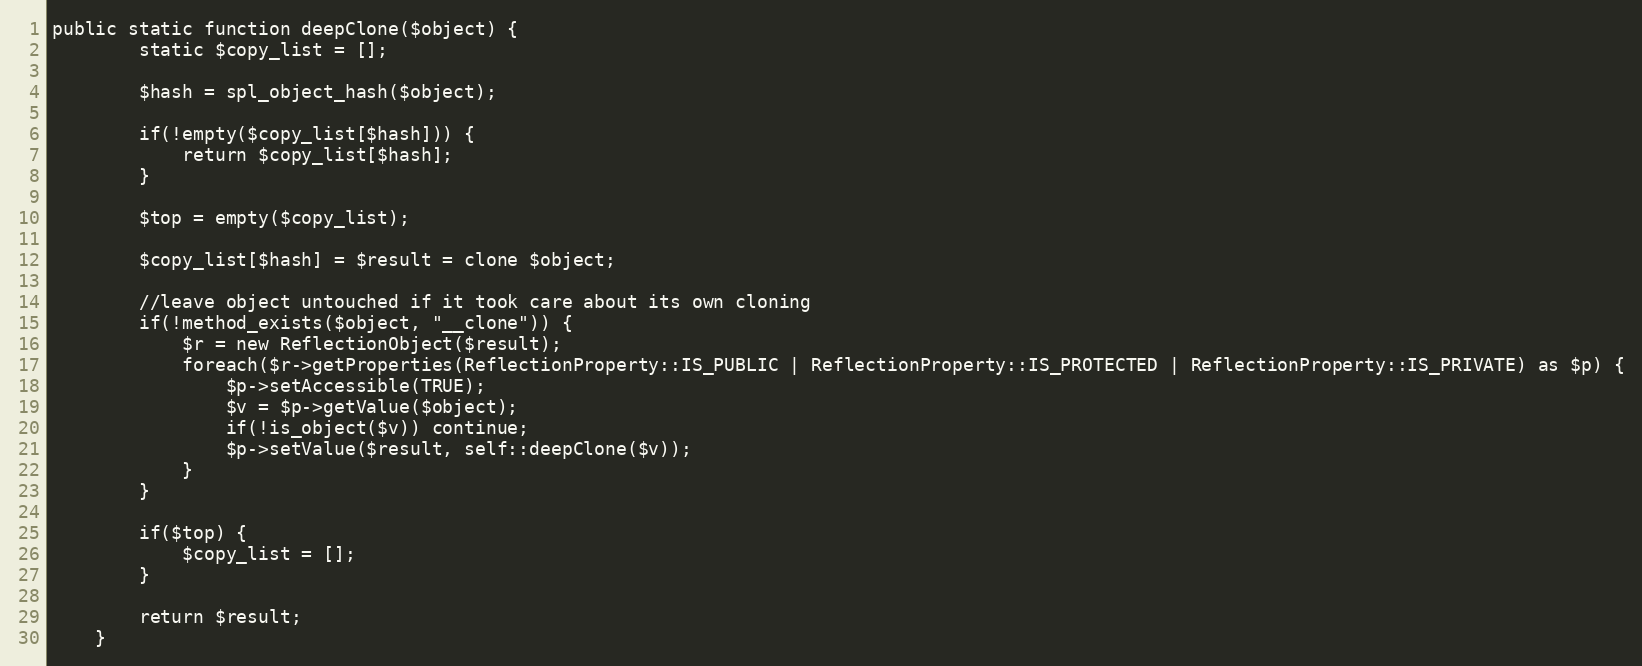
Language: PHP
public static function deepClone($object) {
        static $copy_list = [];

        $hash = spl_object_hash($object);

        if(!empty($copy_list[$hash])) {
            return $copy_list[$hash];
        }

        $top = empty($copy_list);

        $copy_list[$hash] = $result = clone $object;

        //leave object untouched if it took care about its own cloning
        if(!method_exists($object, "__clone")) {
            $r = new ReflectionObject($result);
            foreach($r->getProperties(ReflectionProperty::IS_PUBLIC | ReflectionProperty::IS_PROTECTED | ReflectionProperty::IS_PRIVATE) as $p) {
                $p->setAccessible(TRUE);
                $v = $p->getValue($object);
                if(!is_object($v)) continue;
                $p->setValue($result, self::deepClone($v));
            }
        }

        if($top) {
            $copy_list = [];
        }

        return $result;
    }